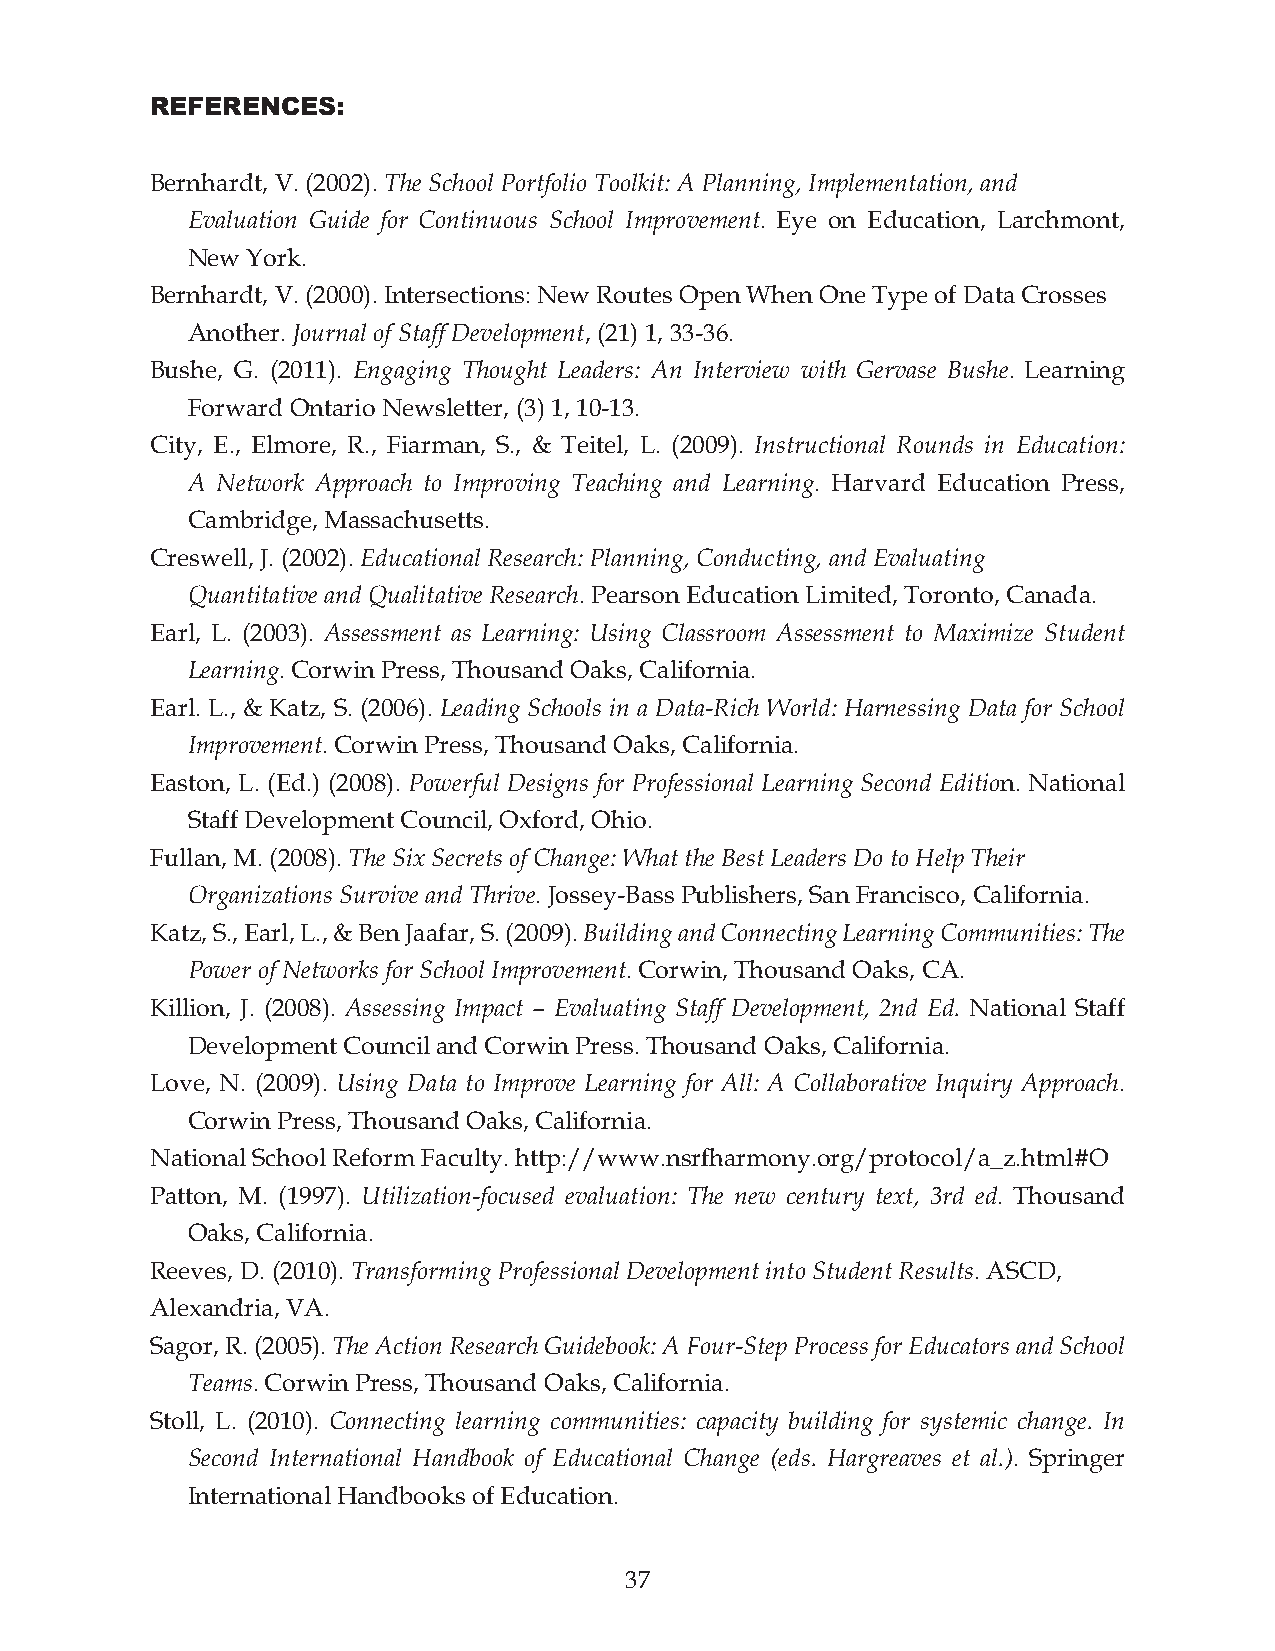
REFERENCES:
 Bernhardt, V. (00). The School Portfolio Toolkit: A Planning, Implementation, and
 Evaluation Guide for Continuous School Improvement. Eye on Education, Larchmont,
 New York.
 Bernhardt, V. (000). Intersections: New Routes Open When One Type of Data Crosses
 Another. Journal of Staff Development, (21) 1, 33-36.
 Bushe, G. (0). Engaging Thought Leaders: An Interview with Gervase Bushe. Learning
 Forward Ontario Newsletter, (3) 1, 10-13.
 City, E., Elmore, R., Fiarman, S., & Teitel, L. (00). Instructional Rounds in Education:
 A Network Approach to Improving Teaching and Learning. Harvard Education Press,
 Cambridge, Massachusetts.
 Creswell, J. (00). Educational Research: Planning, Conducting, and Evaluating
 Quantitative and Qualitative Research. Pearson Education Limited, Toronto, Canada.
 Earl, L. (00). Assessment as Learning: Using Classroom Assessment to Maximize Student
 Learning. Corwin Press, Thousand Oaks, California.
 Earl. L., & Katz, S. (2006). Leading Schools in a Data-Rich World: Harnessing Data for School
 Improvement. Corwin Press, Thousand Oaks, California.
 Easton, L. (Ed.) (2008). Powerful Designs for Professional Learning Second Edition. National
 Staff Development Council, Oxford, Ohio.
 Fullan, M. (2008). The Six Secrets of Change: What the Best Leaders Do to Help Their
 Organizations Survive and Thrive. Jossey-Bass Publishers, San Francisco, California.
 Katz, S., Earl, L., & Ben Jaafar, S. (2009). Building and Connecting Learning Communities: The
 Power of Networks for School Improvement. Corwin, Thousand Oaks, CA.
 Killion, J. (2008). Assessing Impact – Evaluating Staff Development, 2nd Ed. National Staff
 Development Council and Corwin Press. Thousand Oaks, California.
 Love, N. (00). Using Data to Improve Learning for All: A Collaborative Inquiry Approach.
 Corwin Press, Thousand Oaks, California.
 National School Reform Faculty. http://www.nsrfharmony.org/protocol/a_z.html#O
 Patton, M. (1997). Utilization-focused evaluation: The new century text, 3rd ed. Thousand
 Oaks, California.
 Reeves, D. (00). Transforming Professional Development into Student Results. ASCD,
 Alexandria, VA.
 Sagor, R. (00). The Action Research Guidebook: A Four-Step Process for Educators and School
 Teams. Corwin Press, Thousand Oaks, California.
 Stoll, L. (00). Connecting learning communities: capacity building for systemic change. In
 Second International Handbook of Educational Change (eds. Hargreaves et al.). Springer
 International Handbooks of Education.
 7